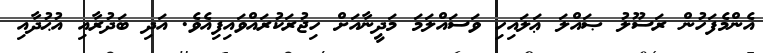
އެންމެފަހުން ރަސޫލު ޞައްލަ ޢަލައިހި ވަސައްލަމަ މަދީނާއަށް ހިޖުރަކުރައްވައިފިއެވެ. އަދި ބަދުރާއި އުޙުދާއި